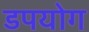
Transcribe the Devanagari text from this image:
डपयोग